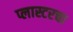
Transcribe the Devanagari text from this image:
प्लास्टरचा